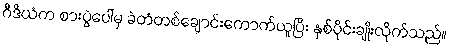
ဂီဒီယံက စားပွဲပေါ်မှ ခဲတံတစ်ချောင်းကောက်ယူပြီး နှစ်ပိုင်းချိုးလိုက်သည်။